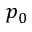
p _ { 0 }